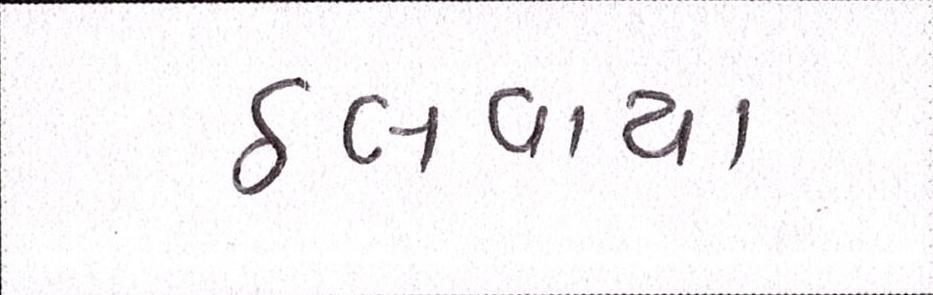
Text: ઠલવાયા